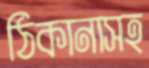
ঠিকানাসহ